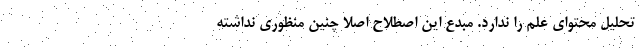
تحلیل محتوای علم را ندارد. مبدع این اصطلاح اصلاً چنین منظوری نداشته